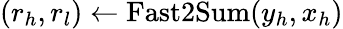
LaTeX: (r_{h},r_{l})\gets\mathrm{Fast2Sum}(y_{h},x_{h})